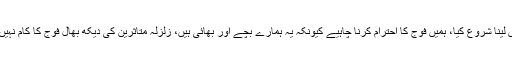
اُن کا کہنا تھا کہ 20 سال بعد قوم نے سکھ کا سانس لینا شروع کیا، ہمیں فوج کا احترام کرنا چاہیے کیونکہ یہ ہمارے بچے اور بھائی ہیں، زلزلہ متاثرین کی دیکھ بھال فوج کا کام نہیں تھا مگر 2013 میں ہمیں صرف فوج ہی نظر آئی۔